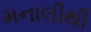
મનાલીથી